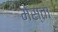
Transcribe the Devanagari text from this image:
मेस्ता